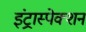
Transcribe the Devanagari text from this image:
इंट्रास्पेक्शन